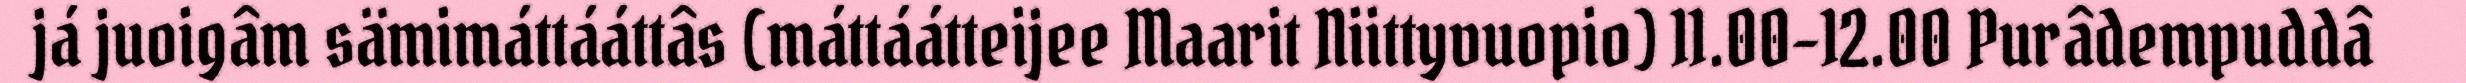
já juoigâm sämimáttááttâs (máttáátteijee Maarit Niittyvuopio) 11.00-12.00 Purâdempuddâ